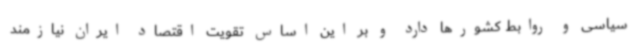
سیاسی و روابط کشورها دارد و بر این اساس تقویت اقتصاد ایران نیازمند